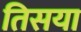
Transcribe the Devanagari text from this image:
तिसया